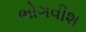
ભોગવીશ